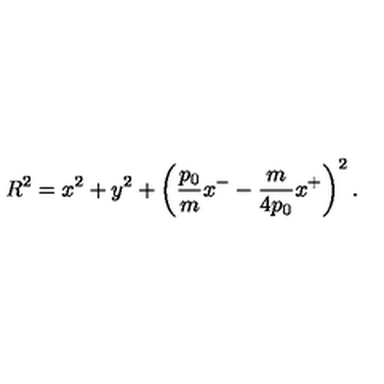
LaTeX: R ^ { 2 } = x ^ { 2 } + y ^ { 2 } + \left( { \frac { p _ { 0 } } { m } } x ^ { - } - { \frac { m } { 4 p _ { 0 } } } x ^ { + } \right) ^ { 2 } .